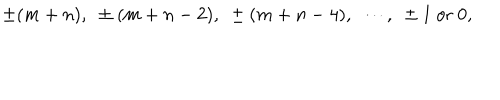
LaTeX: \pm ( m + n ) , ~ \pm ( m + n - 2 ) , ~ \pm ( m + n - 4 ) , ~ \cdots , ~ \pm 1 ~ \mathrm { o r } ~ 0 ,